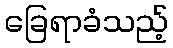
ခြေရာခံသည့်